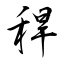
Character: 稈